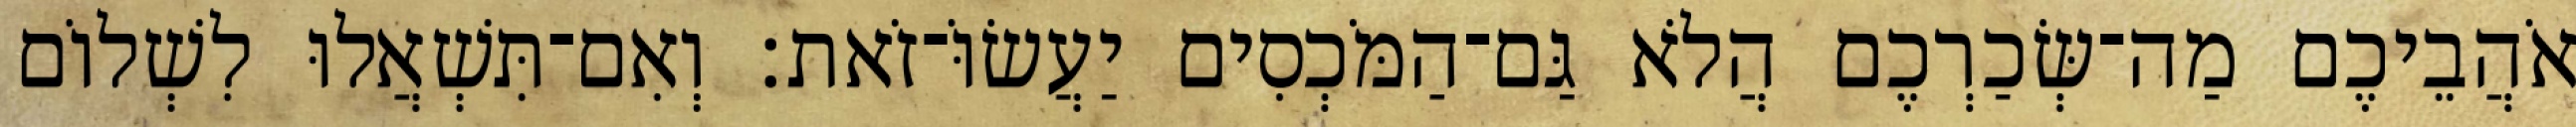
אֹהֲבֵיכֶם מַה־שְּׂכַרְכֶם הֲלֹא גַּם־הַמֹּכְסִים יַעֲשׂוֹּ־זֹאת׃ וְאִם־תִּשְׁאֲלוּ לִשְׁלוֹם